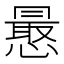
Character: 𭞮